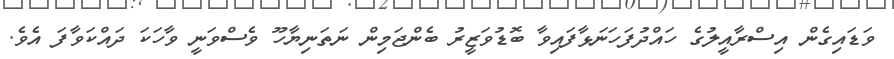
ވަޑައިގެން އިސްރާއީލުގެ ހައްދުފަހަނަޅާފައިވާ ބޮޑުވަޒީރު ބެންޖަމިން ނަތަނިޔާހޫ ވެސްވަނީ ވާހަކަ ދައްކަވާފަ އެވެ.